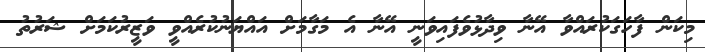
މިކަން ފާހަގަކުރައްވާ އޭނާ ވިދާޅުވެފައިވަނީ އޭނާ އެ މަގާމަށް އައްޔަނުކުރެއްވީ ވަޒީރުކަމަށް ޝަރުތު